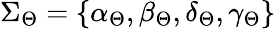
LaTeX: \Sigma_{\Theta}=\{ \alpha_{\Theta},\beta_{\Theta},\delta_{\Theta},\gamma_{\Theta}\}